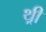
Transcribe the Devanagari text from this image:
थ़्री